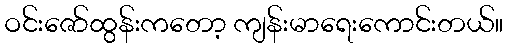
ဝင်းဇော်ထွန်းကတော့ ကျန်းမာရေးကောင်းတယ်။